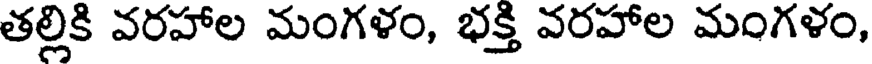
తల్లికి వరహాల మంగళం, భక్తి వరహాల మంగళం,